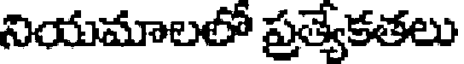
నియమాలలో ప్రత్యేకతలు